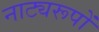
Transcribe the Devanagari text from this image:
नाट्यरूपों